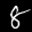
Label: 8